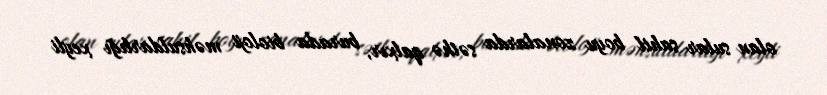
olan sular sahil boyu zonalarda səthə qalxır, burada bioloji məhsuldarlığı xeyli